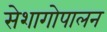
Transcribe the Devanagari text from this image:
सेशागोपालन